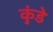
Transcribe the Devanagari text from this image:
कुंडेे